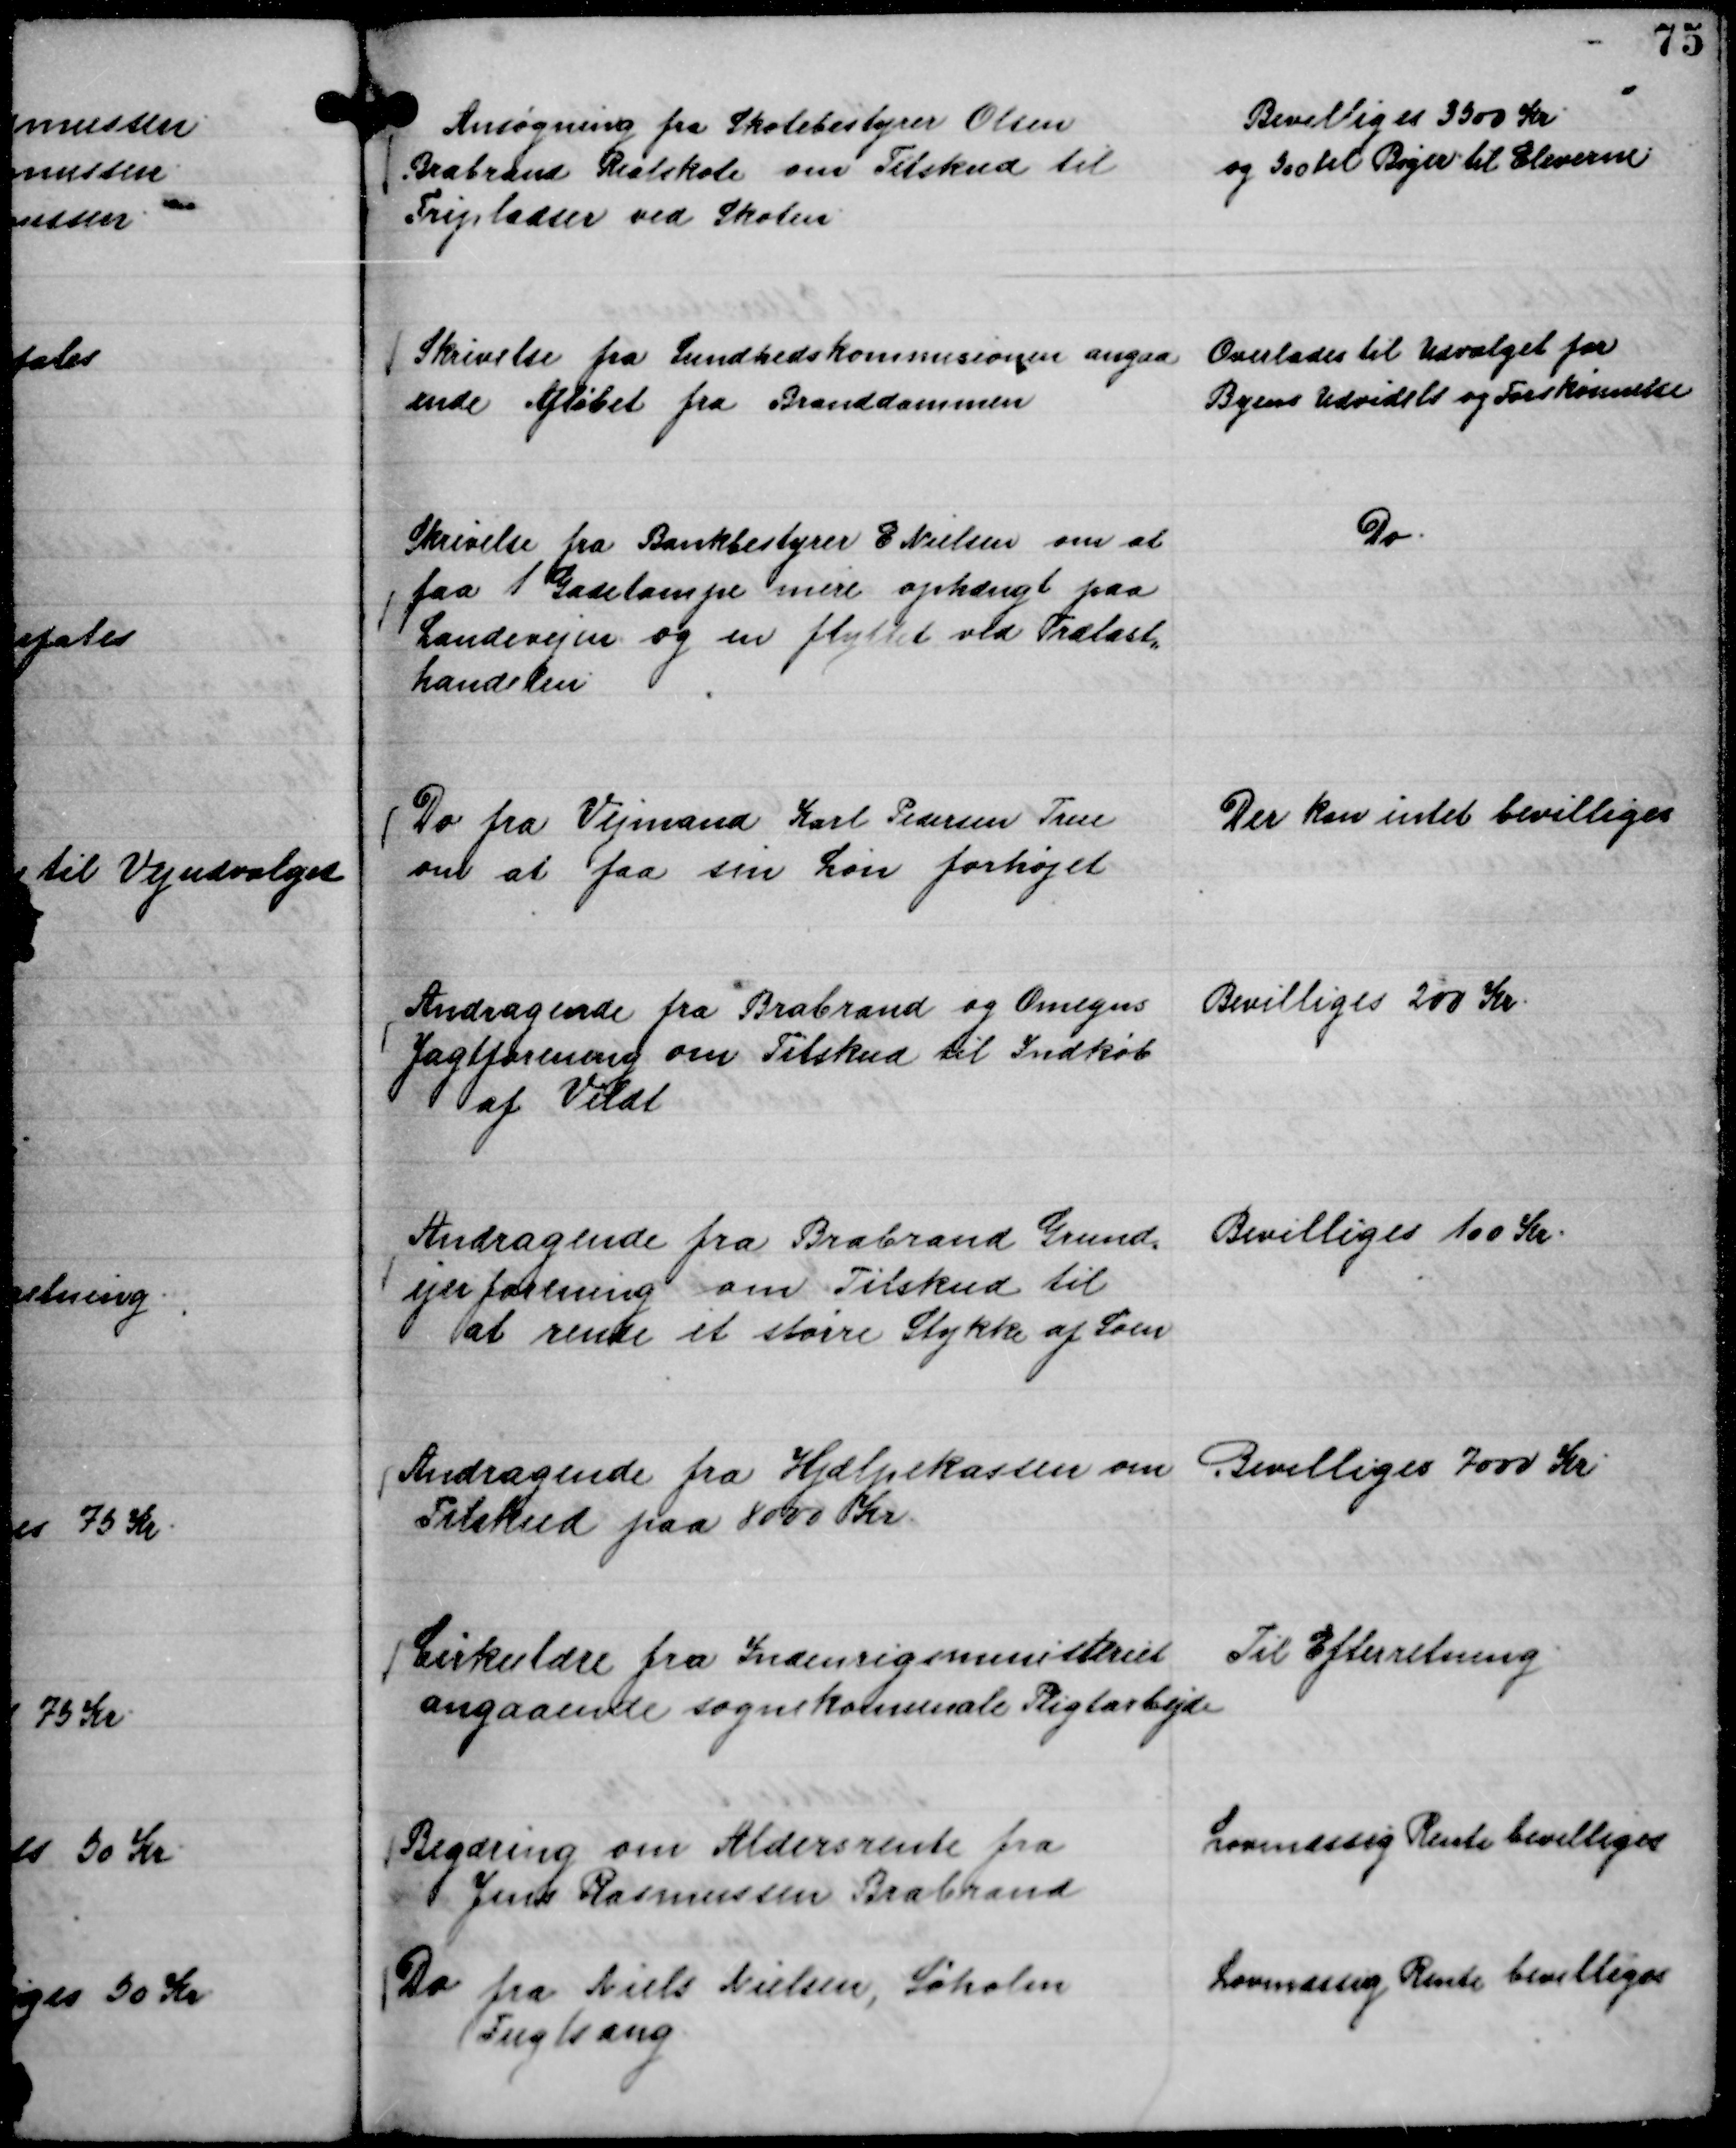
Transskription:
Ansøgning fra Skolebestyrer Olsen
Brabrand Realskole om Tilskud til
Fripladser ved Skolen.

Bevilliges 3500 Kr.
og 500 til Bøger til Eleverne

Skrivelse fra Sundhedskommisionen angaa
ende Afløbet fra Branddammen

Overlades til Udvalget for
Byens Udvidelse og Forskønnelse

Skrivelse fra Bankbestyrer E Nielsen om at
faa 1 Gadelampe mere ophængt paa
Landevejen og en flyttet ved Trælast,,
handelen.

Do.

Do fra Vejmand Karl Pedersen True
om at faa sin Løn forhøjet

Der kan intet bevilliges

Andragende fra Brabrand og Omegns
Jagtforening om Tilskud til Indkøb
af Vildt

Bevilliges 200 Kr.

Andragende fra Brabrand Grund,,
ejerforening om Tilskud til
at rense et større Stykke af Søen

Bevilliges 100 Kr.

Andragende fra Hjælpekassen om
Tilskud paa 8000 Kr.

Bevilliges 7000 Kr

Cirkulære fra Indenrigsministeriet
angaaende sognekomunale Pligtarbejde

Til Efterretning

Begæring om Aldersrente fra
Jens Rasmussen Brabrand

Lovmæssig Rente bevilliges

Do fra Niels Nielsen, Søholm
Fuglsang

Lovmæssig Rente bevilliges